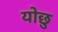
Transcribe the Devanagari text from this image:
योछु